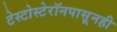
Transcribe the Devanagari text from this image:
टेस्टोस्टेरॉनपासूनही